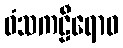
ဝံသကဠီရောဝ